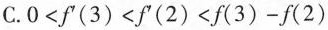
C. $$0<f^{\prime}(3)<f^{\prime}(2)<f(3)-f(2) $$